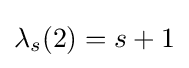
\lambda _{s}(2)=s+1